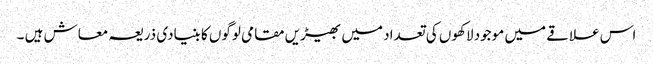
اس علاقے میں موجود لاکھوں کی تعداد میں بھیڑیں مقامی لوگوں کا بنیادی ذریعہ معاش ہیں ۔